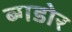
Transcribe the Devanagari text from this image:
ब्गडोर